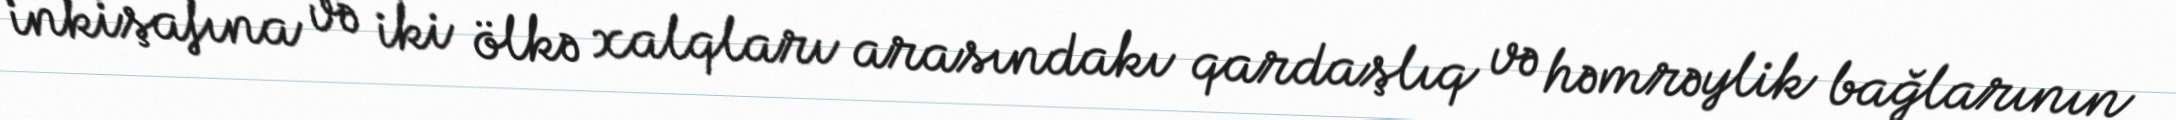
inkişafına və iki ölkə xalqları arasındakı qardaşlıq və həmrəylik bağlarının